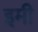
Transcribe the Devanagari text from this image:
इमी